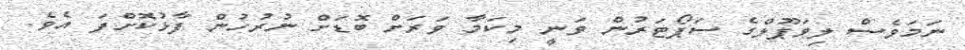
ނަމަވެސް ލިވަޕޫލްގެ ސަޕޯޓަރުން ވަނީ މިކަމާ ވަރަށް ބޮޑަށް ނުރުހުން ފާޅުކޮށްފަ އެވެ.